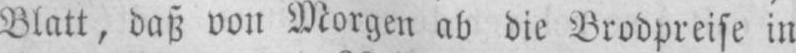
Blatt, daß von Morgen ab die Brodpreise in